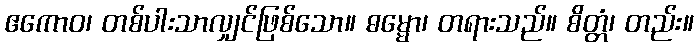
ဧကောဝ၊ တစ်ပါးသာလျှင်ဖြစ်သော။ ဓမ္မော၊ တရားသည်။ စိတ္တံ၊ တည်း။